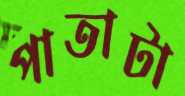
পাতাটা